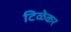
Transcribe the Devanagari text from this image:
टिळेकर